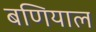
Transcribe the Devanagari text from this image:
बणियाल